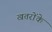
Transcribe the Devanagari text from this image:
खतरोंके